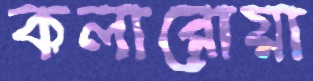
কলারোয়া